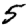
Digit: 5